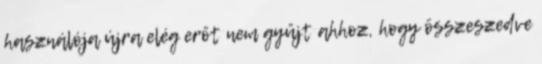
használója újra elég erőt nem gyűjt ahhoz, hogy összeszedve